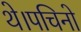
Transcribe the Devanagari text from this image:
थे।पचिनो